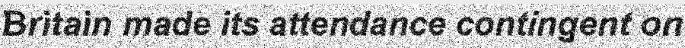
Britain made its attendance contingent on